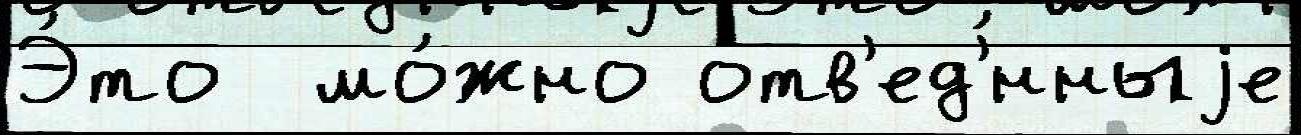
Э́то  мо́жно отв'ед'́нныjе